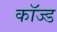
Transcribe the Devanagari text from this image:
कॉज्ड